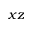
x z